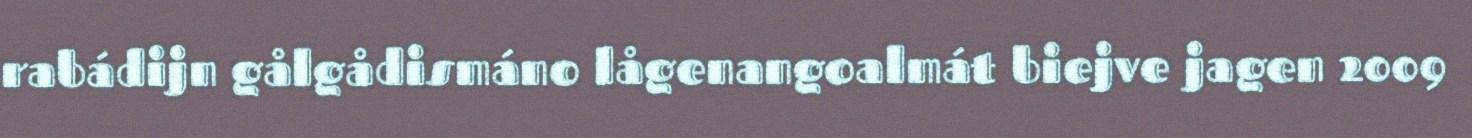
rabádijn gålgådismáno lågenangoalmát biejve jagen 2009